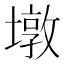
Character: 墩